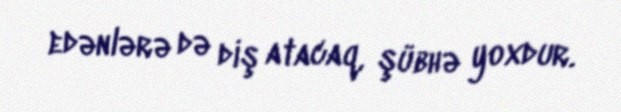
edənlərə də diş atacaq, şübhə yoxdur.